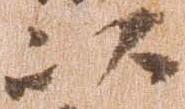
以